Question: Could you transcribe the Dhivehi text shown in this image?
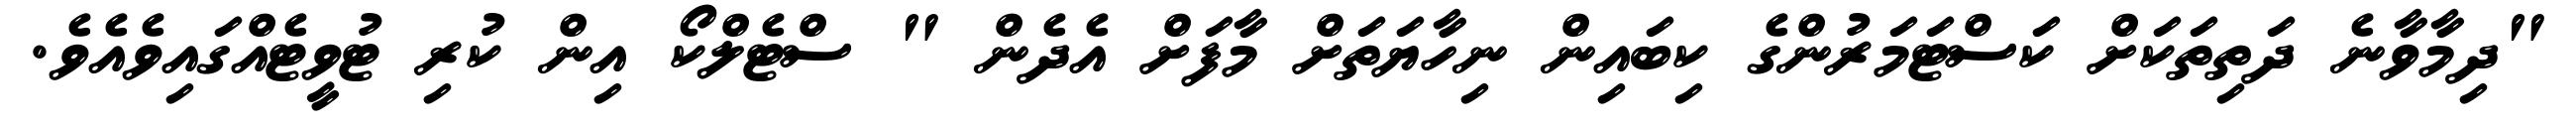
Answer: "ދިމާވާނެ ދަތިތަކަށް ކަސްޓަމަރުންގެ ކިބައިން ނިހާޔަތަށް މާފަށް އެދެން " ސްޓެލްކޯ އިން ކުރި ޓުވީޓެއްގައިވެއެވެ.